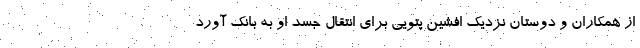
از همکاران و دوستان نزدیک افشین پتویی برای انتقال جسد او به بانک آورد